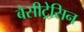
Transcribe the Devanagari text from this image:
बैसीट्रेसिन